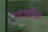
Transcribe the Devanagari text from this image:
रेटकोंस